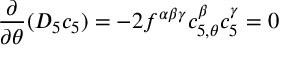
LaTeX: \frac { \partial } { \partial \theta } ( D _ { 5 } c _ { 5 } ) = - 2 f ^ { \alpha \beta \gamma } c _ { 5 , \theta } ^ { \beta } c _ { 5 } ^ { \gamma } = 0